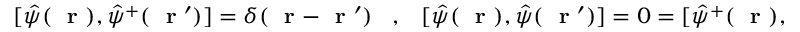
[ \hat { \psi } ( \mathrm { ~ \bf ~ r ~ } ) , \hat { \psi } ^ { + } ( \mathrm { ~ \bf ~ r ~ } ^ { \prime } ) ] = \delta ( \mathrm { ~ \bf ~ r ~ } - \mathrm { ~ \bf ~ r ~ } ^ { \prime } ) \; \; \; , \; \; \; [ \hat { \psi } ( \mathrm { ~ \bf ~ r ~ } ) , \hat { \psi } ( \mathrm { ~ \bf ~ r ~ } ^ { \prime } ) ] = 0 = [ \hat { \psi } ^ { + } ( \mathrm { ~ \bf ~ r ~ } ) , \hat { \psi } ^ { + } ( \mathrm { ~ \bf ~ r ~ } ^ { \prime } ) ]